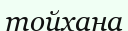
тойхана